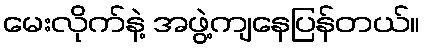
မေးလိုက်နဲ့ အဖွဲ့ကျနေပြန်တယ်။